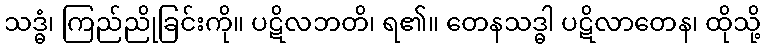
သဒ္ဓံ၊ ကြည်ညိုခြင်းကို။ ပဋိလဘတိ၊ ရ၏။ တေနသဒ္ဓါ ပဋိလာတေန၊ ထိုသို့